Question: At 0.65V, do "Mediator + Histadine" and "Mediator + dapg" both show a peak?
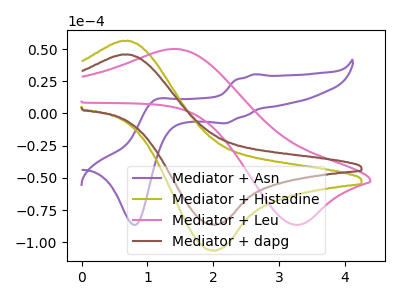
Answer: <think>The purple curve "Mediator + Asn" has anodic peaks at (2.65V, 30.45uA) (1.10V, 10.65uA) and cathodic peaks at (2.20V, -7.60uA) (0.80V, -86.55uA). The olive curve "Mediator + Histadine" has an anodic peak at (0.65V, 56.20uA) and a cathodic peak at (2.00V, -106.55uA). The pink curve "Mediator + Leu" has an anodic peak at (1.45V, 50.00uA) and a cathodic peak at (3.25V, -86.40uA). The brown curve "Mediator + dapg" has an anodic peak at (0.65V, 45.60uA) and a cathodic peak at (2.00V, -86.50uA).</think>
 <answer>Yes, "Mediator + Histadine" and "Mediator + dapg" share a peak at 0.65V.</answer>
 <eval>match</eval>